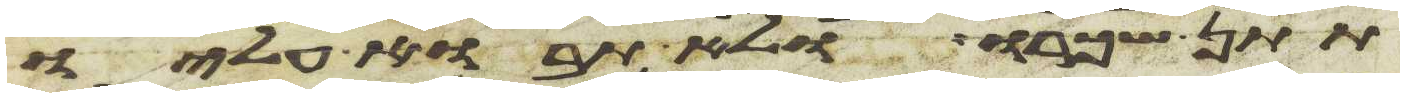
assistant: תתן שכרו ולא תבוא עליו